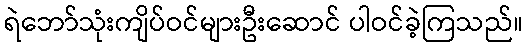
ရဲဘော်သုံးကျိပ်ဝင်များဦးဆောင် ပါဝင်ခဲ့ကြသည်။